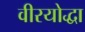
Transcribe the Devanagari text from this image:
वीरयोद्धा